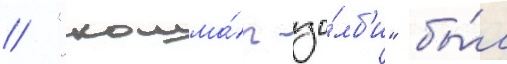
// "кошма́р зо́мб'и" бы́л